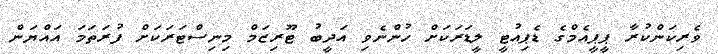
ވެރިކަންކުރާ ޕީޕީއެމްގެ ޑެޕިއުޓީ ލީޑަރަކަށް ހުންނެވި އަދީބު ޓޫރިޒަމް މިނިސްޓަރަކަށް ފުރަތަމަ އައްޔަން